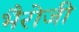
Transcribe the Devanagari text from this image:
भैरोजी